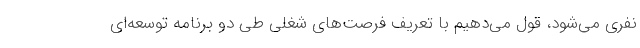
نفری می‌شود، قول می‌دهیم با تعریف فرصت‌های شغلی طی دو برنامه توسعه‌ای